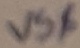
Text: VS$